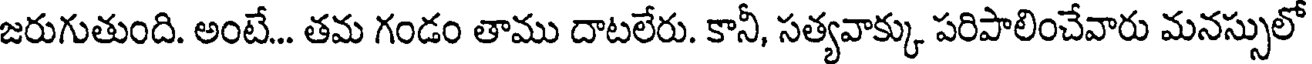
జరుగుతుంది. అంటే... తమ గండం తాము దాటలేరు. కానీ, సత్యవాక్కు పరిపాలించేవారు మనస్సులో